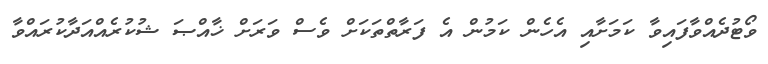
ވޯޓުދެއްވާފައިވާ ކަމަށާއި އެހެން ކަމުން އެ ފަރާތްތަކަށް ވެސް ވަރަށް ޚާއްޞަ ޝުކުރެއްއަދާކުރައްވާ